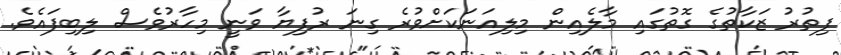
ފިތުރު ޒަކާތުގެ ގޮތުގައި މާލެއިން މިލިއަނަކަށްވުރެ ގިނަ ރުފިޔާ ވަނީ މިހާރުވެސް ލިބިފައެވެ.